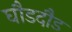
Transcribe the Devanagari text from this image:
घौडदौड